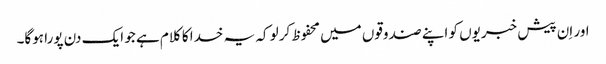
اور اِن پیش خبریوں کو اپنے صندوقوں میں محفوظ کرلو کہ یہ خدا کا کلام ہے جو ایک دن پورا ہوگا۔